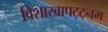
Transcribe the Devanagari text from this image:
विशाखापट्ट्नम